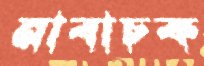
নাবাচক